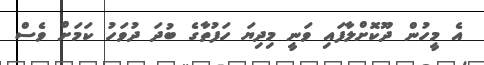
އެ މީހުން ދޫކޮށްލާފައި ވަނީ މިދިޔަ ހަފުތާގެ ބުދަ ދުވަހު ކަމަށް ވެސް